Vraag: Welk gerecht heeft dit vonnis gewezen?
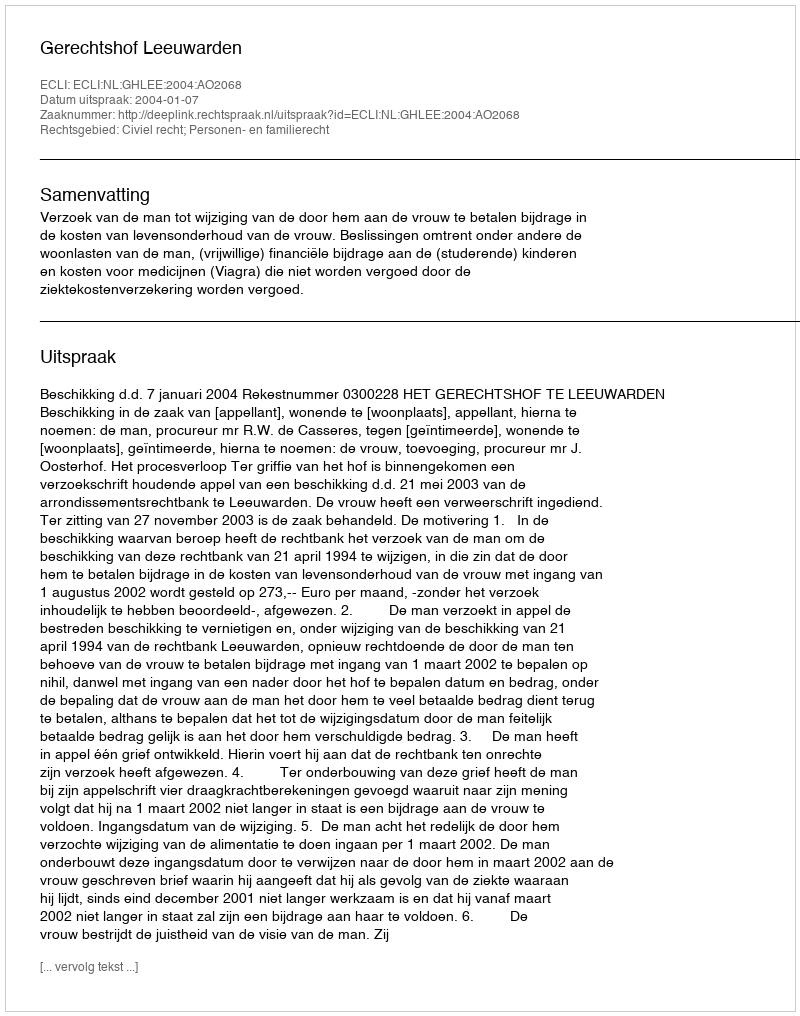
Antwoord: Gerechtshof Leeuwarden